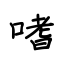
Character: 嗜